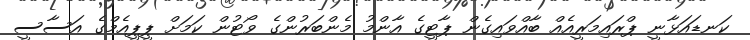
ކަނޑައަޅާނީ ޕްރައިމަރީއެއް ބާއްވައިގެން ޕާޓީގެ އާންމު މެންބަރުންގެ ވޯޓުން ކަމަށް ޕީޕީއެމްގެ އަސާސީ